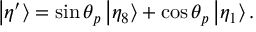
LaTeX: \left| \eta ^ { \prime } \right\rangle = \sin \theta _ { p } \left| \eta _ { 8 } \right\rangle + \cos \theta _ { p } \left| \eta _ { 1 } \right\rangle .